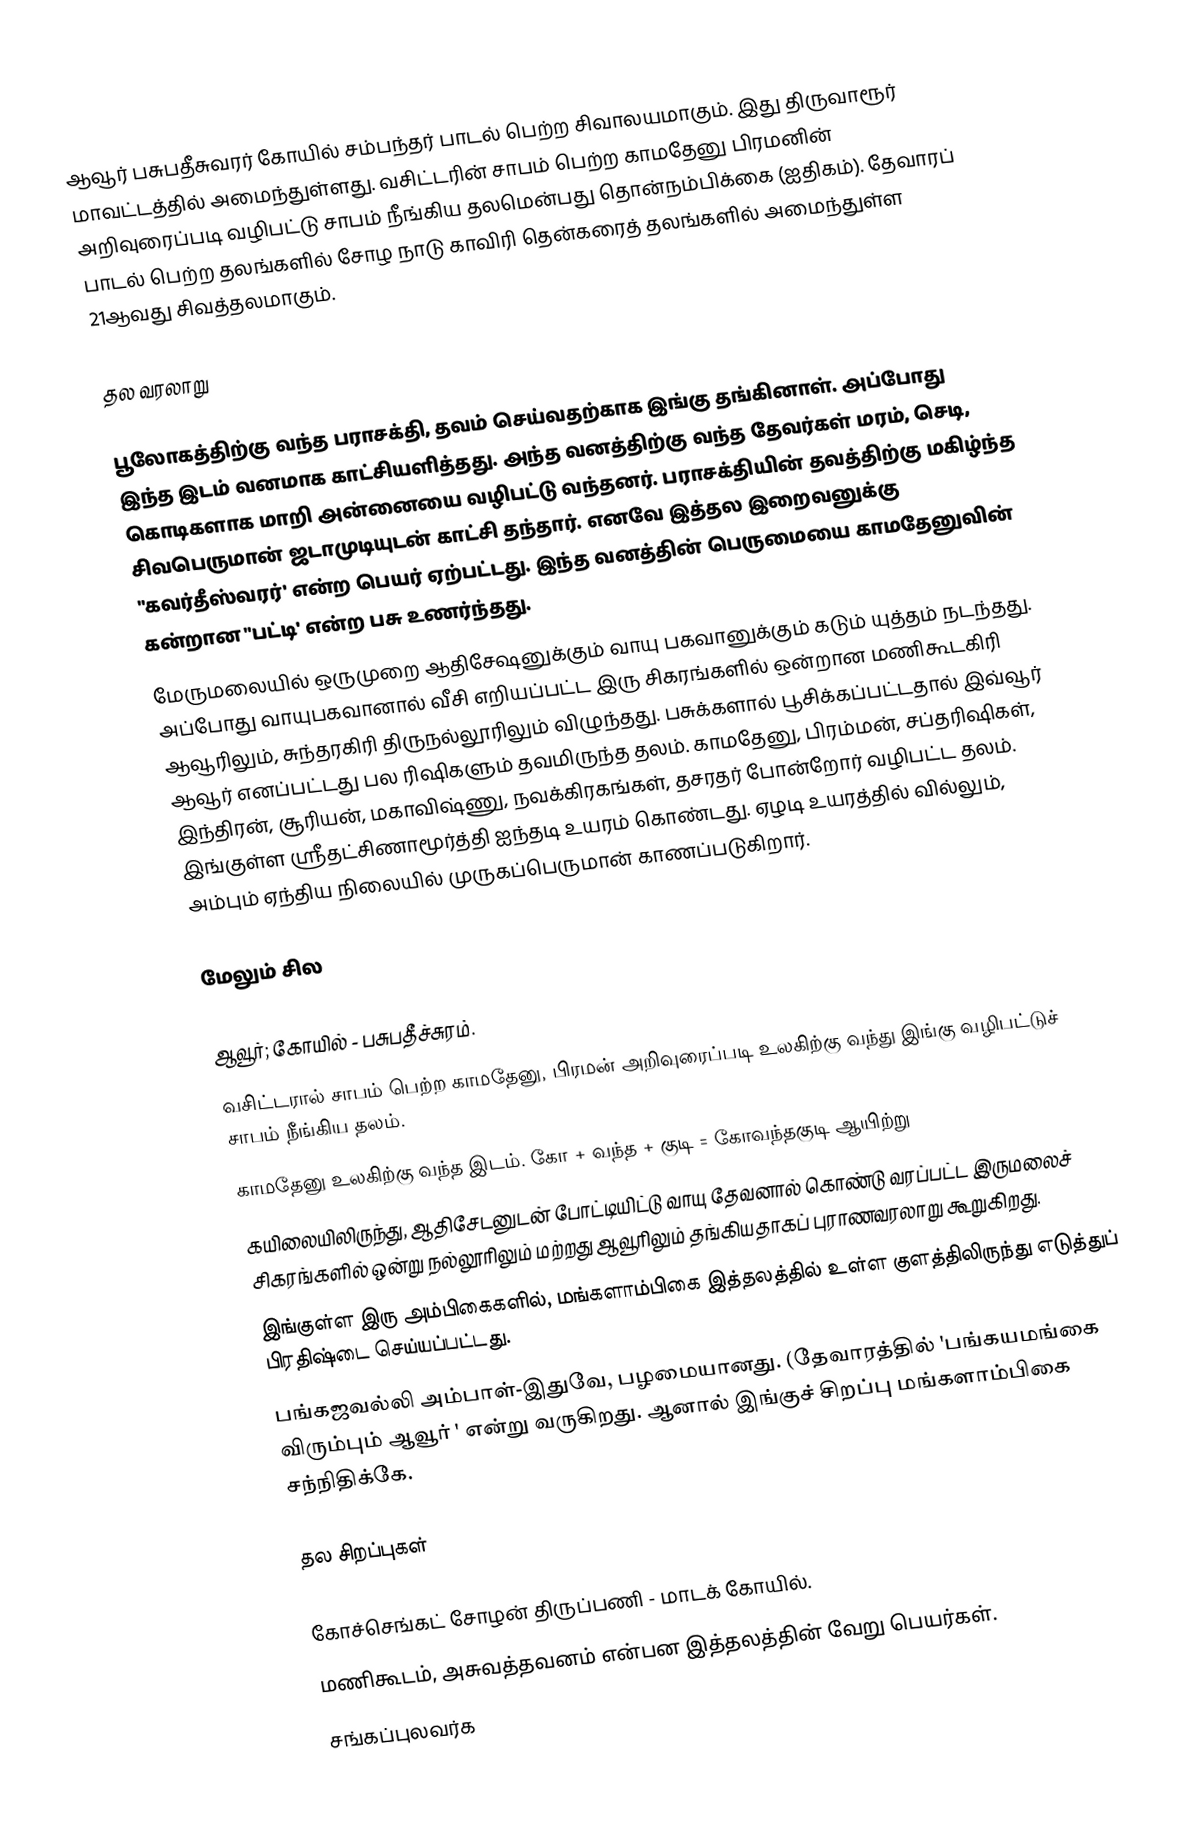
ஆவூர் பசுபதீசுவரர் கோயில் சம்பந்தர் பாடல் பெற்ற சிவாலயமாகும். இது  திருவாரூர் மாவட்டத்தில் அமைந்துள்ளது. வசிட்டரின் சாபம் பெற்ற காமதேனு பிரமனின் அறிவுரைப்படி வழிபட்டு சாபம் நீங்கிய தலமென்பது தொன்நம்பிக்கை (ஐதிகம்). தேவாரப் பாடல் பெற்ற தலங்களில்  சோழ நாடு காவிரி தென்கரைத் தலங்களில் அமைந்துள்ள 21ஆவது சிவத்தலமாகும்.

தல வரலாறு

பூலோகத்திற்கு வந்த பராசக்தி, தவம் செய்வதற்காக இங்கு தங்கினாள். அப்போது இந்த இடம் வனமாக காட்சியளித்தது. அந்த வனத்திற்கு வந்த தேவர்கள் மரம், செடி, கொடிகளாக மாறி அன்னையை வழிபட்டு வந்தனர். பராசக்தியின் தவத்திற்கு மகிழ்ந்த சிவபெருமான் ஜடாமுடியுடன் காட்சி தந்தார். எனவே இத்தல இறைவனுக்கு "கவர்தீஸ்வரர்' என்ற பெயர் ஏற்பட்டது. இந்த வனத்தின் பெருமையை காமதேனுவின் கன்றான "பட்டி' என்ற பசு உணர்ந்தது.
மேருமலையில் ஒருமுறை ஆதிசேஷனுக்கும் வாயு பகவானுக்கும் கடும் யுத்தம் நடந்தது. அப்போது வாயுபகவானால் வீசி எறியப்பட்ட இரு சிகரங்களில் ஒன்றான மணிகூடகிரி ஆவூரிலும், சுந்தரகிரி திருநல்லூரிலும் விழுந்தது. பசுக்களால் பூசிக்கப்பட்டதால் இவ்வூர் ஆவூர் எனப்பட்டது பல ரிஷிகளும் தவமிருந்த தலம். காமதேனு, பிரம்மன், சப்தரிஷிகள், இந்திரன், சூரியன், மகாவிஷ்ணு, நவக்கிரகங்கள், தசரதர் போன்றோர் வழிபட்ட தலம். இங்குள்ள ஸ்ரீதட்சிணாமூர்த்தி ஐந்தடி உயரம் கொண்டது. ஏழடி உயரத்தில் வில்லும், அம்பும் ஏந்திய நிலையில் முருகப்பெருமான் காணப்படுகிறார்.

மேலும் சில

 ஆவூர்; கோயில் - பசுபதீச்சுரம்.
 வசிட்டரால் சாபம் பெற்ற காமதேனு, பிரமன் அறிவுரைப்படி உலகிற்கு வந்து இங்கு வழிபட்டுச் சாபம் நீங்கிய தலம்.
 காமதேனு உலகிற்கு வந்த இடம். கோ + வந்த + குடி = கோவந்தகுடி ஆயிற்று
 கயிலையிலிருந்து, ஆதிசேடனுடன் போட்டியிட்டு வாயு தேவனால் கொண்டு வரப்பட்ட இருமலைச் சிகரங்களில் ஒன்று நல்லூரிலும் மற்றது ஆவூரிலும் தங்கியதாகப் புராணவரலாறு கூறுகிறது.
 இங்குள்ள இரு அம்பிகைகளில், மங்களாம்பிகை இத்தலத்தில் உள்ள குளத்திலிருந்து எடுத்துப் பிரதிஷ்டை செய்யப்பட்டது.
 பங்கஜவல்லி அம்பாள்-இதுவே, பழமையானது. (தேவாரத்தில் 'பங்கயமங்கை விரும்பும் ஆவூர் ' என்று வருகிறது. ஆனால் இங்குச் சிறப்பு மங்களாம்பிகை சந்நிதிக்கே.

தல சிறப்புகள்

 கோச்செங்கட் சோழன் திருப்பணி - மாடக் கோயில்.
 மணிகூடம், அசுவத்தவனம் என்பன இத்தலத்தின் வேறு பெயர்கள்.
 சங்கப்புலவர்க